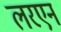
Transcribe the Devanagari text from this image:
लरएन